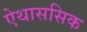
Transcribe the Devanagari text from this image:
ऐथाससिक